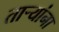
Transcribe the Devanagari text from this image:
तार्‍यांना